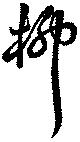
柳